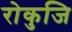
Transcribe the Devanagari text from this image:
रोकुजि